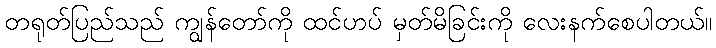
တရုတ်ပြည်သည် ကျွန်တော်ကို ထင်ဟပ် မှတ်မိခြင်းကို လေးနက်စေပါတယ်။